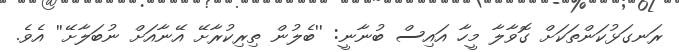
ރަނގަޅުކަންތަކަށް ގޮވާލާ މީހާ އައިސް ބުނާނީ: ''ބެލުން ތިރިކުރާށޭ އޭނާއަށް ނުބަލާށޭ'' އެވެ.